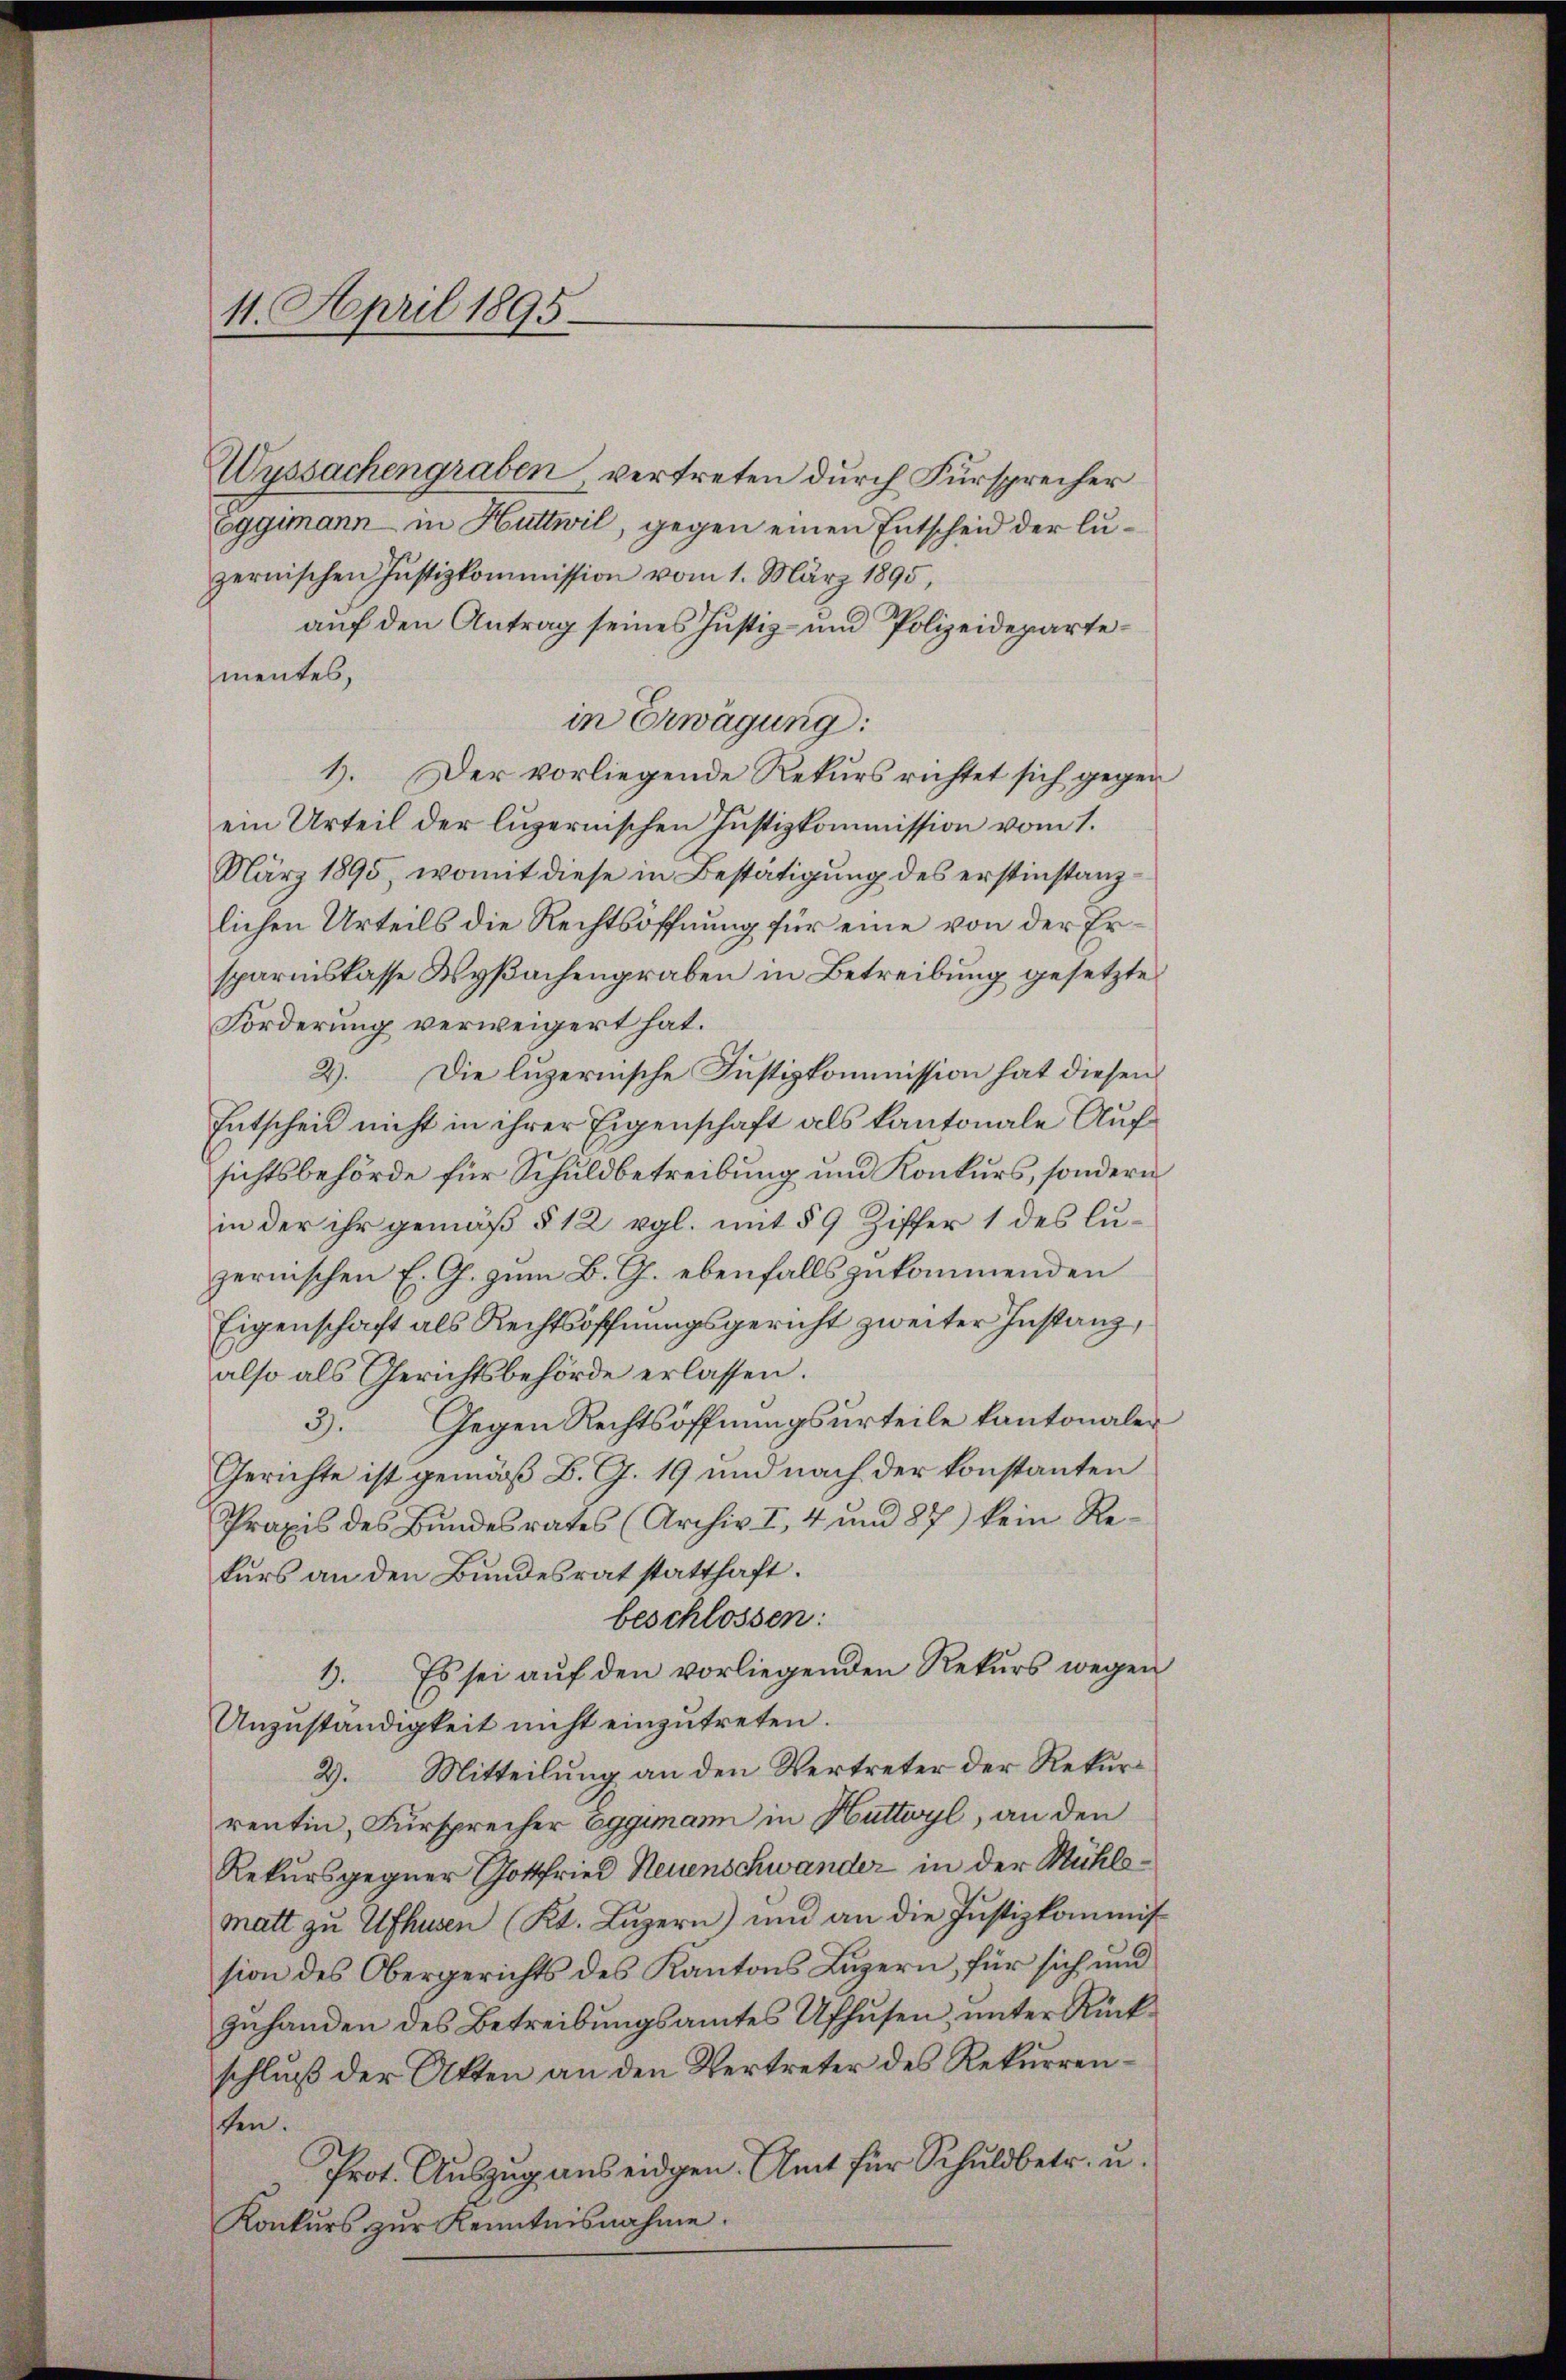
11. April 1895

Wyssachengraben, vertreten durch Fürsprecher
Eggimann in Huttwil, gegen einen Entscheid der luzernischen Justizkommission vom 1. März 1895,
auf den Antrag seines Justiz- und Polizeidepartementes,
in Erwägung:
1. Der vorliegende Rekurs richtet sich gegen
ein Urteil der luzernischen Justizkommission vom 1.
März 1895, womit diese in Bestätigung des erstinstanzlichen Urteils die Rechtsöffnung für eine von der Ersparniskasse Wyßachengraben in Betreibung gesetzte
Forderung verweigert hat.
2). Die luzernische Justizkommission hat diesen
Entscheid nicht in ihrer Eigenschaft als kantonale Aufsichtsbehörde für Schuldbetreibung und Konkurs, sondern
in der ihr gemäß § 12 vgl. mit § 9 Ziffer 1 des Luzernischen E. G. zum B. G. ebenfalls zukommenden
Eigenschaft als Rechtsöffnungsgericht zweiter Instanz,
also als Gerichtsbehörde erlassen.
3. Gegen Rechtsöffnungsurteile kantonalen
Gerichte ist gemäß B. G. 19 und nach der konstanten
Praxis des Bundesrates (Archiv II, 4 und 87) kein Rekurs an den Bundesrat statthaft.
beschlossen:
3. Es sei auf den vorliegenden Rekurs wegen
Unzuständigkeit nicht einzutreten.
2). Mitteilung an den Vertreter der Rekurrentin, Fürsprecher Eggimann in Huttwyl, an den
Rekursgegner Gottfried Neuenschwander in der Mühlematt zu Ufhusen (Kt. Luzern) und an die Justizkommission des Obergerichts des Kantons Luzern, für sich und
zuhanden des Betreibungsamtes Ufhusen, unter Rückschluß der Akten an den Vertreter des Rekurrensten.
Prot. Auszug aus eidgen. Amt für Schuldbetr. u.
Konkurs zur Kenntnisnahme.